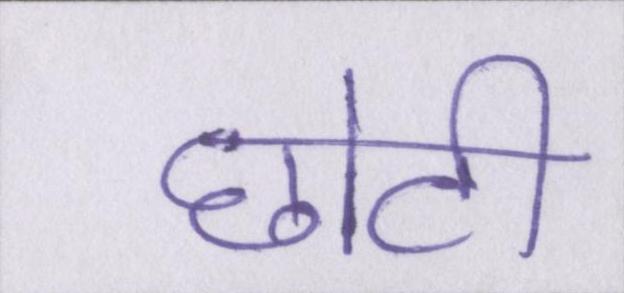
छोटी